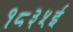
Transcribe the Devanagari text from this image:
१८३५ई